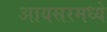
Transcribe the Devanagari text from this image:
आयसरमध्ये